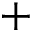
+